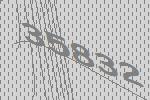
35832